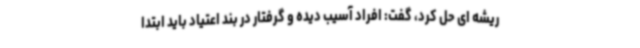
ریشه ای حل کرد، گفت: افراد آسیب دیده و گرفتار در بند اعتیاد باید ابتدا